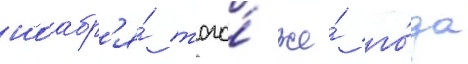
ноабр'я́ того́ же́ го́да